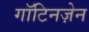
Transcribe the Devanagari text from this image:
गॉटिनज़ेन